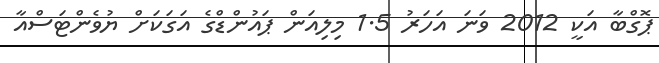
ޕޮގްބާ އަކީ 2012 ވަނަ އަހަރު 1.5 މިލިއަން ޕައުންޑްގެ އަގަކަށް ޔުވެންޓަސްއާ